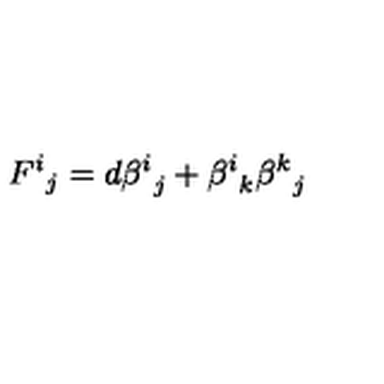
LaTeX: { F ^ { i } } _ { j } = d { \beta ^ { i } } _ { j } + { \beta ^ { i } } _ { k } { \beta ^ { k } } _ { j }